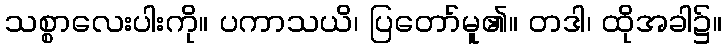
သစ္စာလေးပါးကို။ ပကာသယိ၊ ပြတော်မူ၏။ တဒါ၊ ထိုအခါ၌။